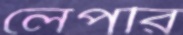
লেপরি